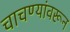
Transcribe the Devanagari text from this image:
चाचण्यांवरून